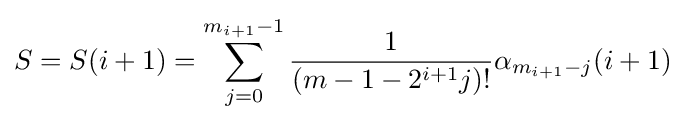
S=S(i+1)=\sum _{j=0}^{m_{i+1}-1}{\frac {1}{(m-1-2^{i+1}j)!}}\alpha _{m_{i+1}-j}(i+1)